Vaccination in the Punjab 1867-1880 - 1867-1880
Year: 1867
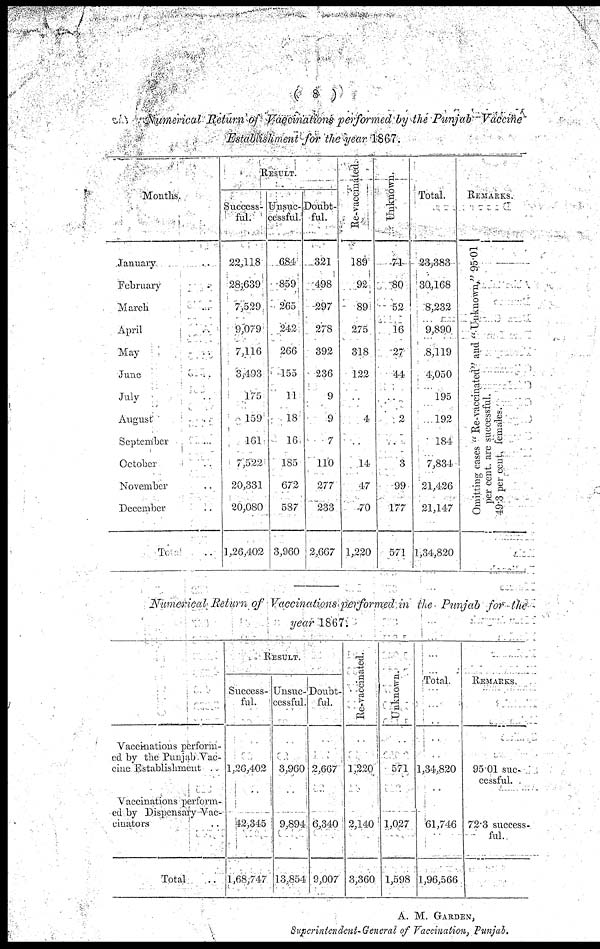
( 8 )
Numerical Return of Vaccinations performed by the Punjab Vaccine
Establishment for the year 1867.
Months
January
February
March
April
May
June
July
August
September
October
November
December
Total ..
R E S U L T .
Success-
ful.
22,118
28,639
7,529
9,079
7,116
3,493
175
159
161
7,522
20,331
20,080
1,26,402
Unsuc¬
cessful.
684
859
265
242
266
155
11
18
16
185
672
587
3,960
Doubt-
ful.
321
498
297
278
392
236
9
9
7
110
277
233
2,667
Re-vaccinated.
189
92
89
275
318
122
..
4
..
14
47
70
1,220
Unknown.
71
80
52
16
27
44
..
2
..
3
99
177
571
Total.
23,383
30,168
8,232
9,890
8,119
4,050
195
192
184
7,834
21,426
21,147
1,34,820
REMARKS.
Omitting cases " Re-vaccinated" and " Unknown" 95. 01
per cent. are successful.
49.3 per cent. females.
Numerical Return of Vaccinations performed in the Punjab for the
year 1867.
Vaccinations perform-
ed by the Punjab Vac-
cine Establishment
Vaccinations perform-
ed by Dispensary-Vac-
cinators
Total ..
RESULT.
Success-
ful.
..
1,26,402
. .
42,345
1,68,747
Unsuc-
cessful.
..
3,960
..
9,894
13,854
Doubt-
ful.
..
2,667
..
6,340
9,007
Re-vaccinated.
..
1,220
..
2,140
3,360
Unknown.
..
571
..
1,027
1,598
Total.
..
1,34,820
..
61,746
1,96,566
REMARKS.
95.01 suc-
cessful.
72.3 success-
ful.
A. M. GARDEN,
Superintendent-General of Vaccination, Punjab.